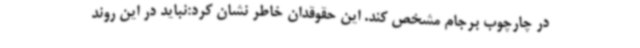
در چارچوب برجام مشخص کند. این حقوقدان خاطر نشان کرد:نباید در این روند